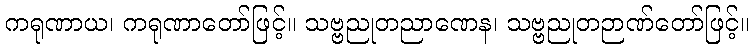
ကရုဏာယ၊ ကရုဏာတော်ဖြင့်။ သဗ္ဗညုတညာဏေန၊ သဗ္ဗညုတဉာဏ်တော်ဖြင့်။